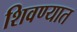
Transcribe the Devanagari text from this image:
शिवण्यात